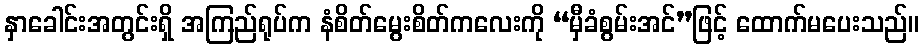
နှာခေါင်းအတွင်းရှိ အကြည်ရုပ်က နံစိတ်မွေးစိတ်ကလေးကို “မှီခံစွမ်းအင်”ဖြင့် ထောက်မပေးသည်။